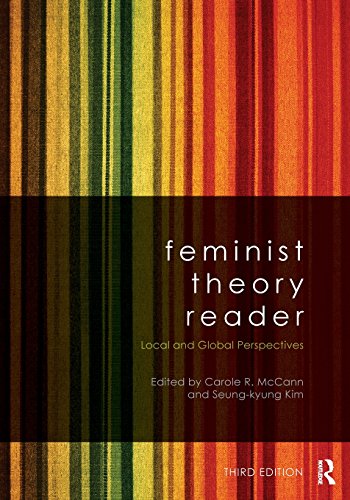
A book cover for Feminist Theory Reader: Local and Global Perspectives; Politics & Social Sciences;